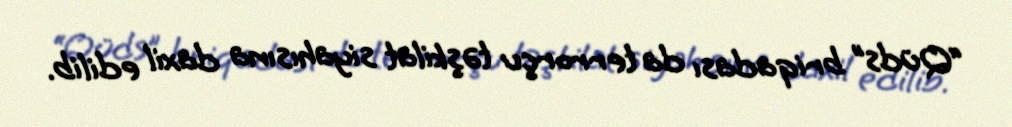
“Qüds” briqadası da terrorçu təşkilat siyahısına daxil edilib.